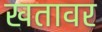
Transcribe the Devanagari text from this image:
खतावर